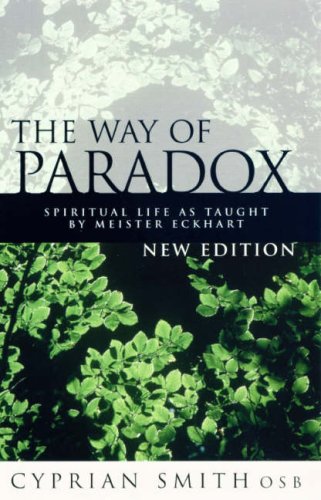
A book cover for The Way of Paradox: Spiritual Life as Taught by Meister Eckhart; Cyprian Smith; Christian Books & Bibles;